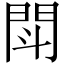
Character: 閗